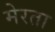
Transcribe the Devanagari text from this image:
मेरता